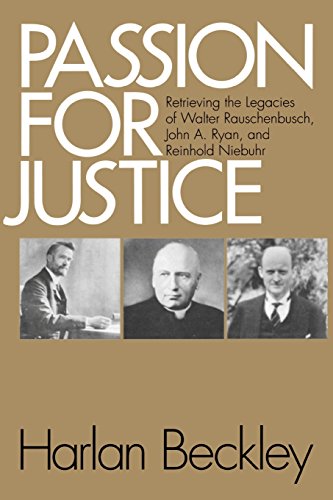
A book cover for Passion for Justice: Retrieving the Legacies of. . .; Harlan Beckley; Christian Books & Bibles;